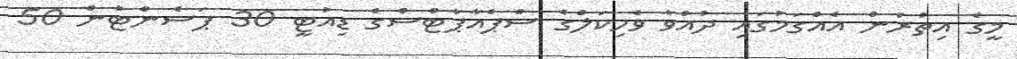
މީގެ އިތުރުން އެއްގަމުގައި ދުއްވާ ވެހިކަލްގެ ސްޕެއާޕާޓްސްގެ ޑިއުޓީ 30 ޕަސެންޓުން 50